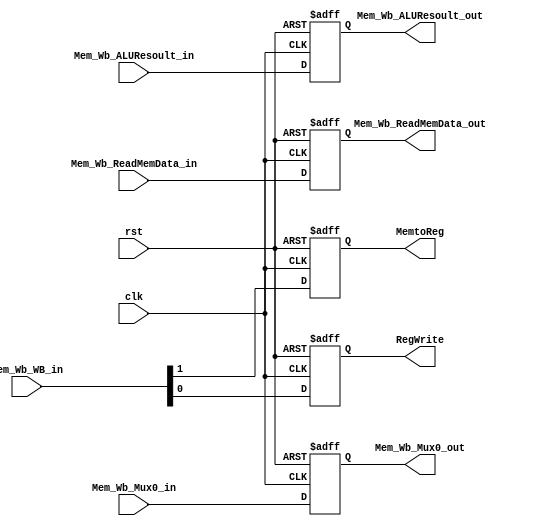
module MEM_WB(MemtoReg, RegWrite, Mem_Wb_ReadMemData_out, Mem_Wb_ALUResoult_out, Mem_Wb_Mux0_out, 
		 Mem_Wb_WB_in, Mem_Wb_ReadMemData_in, Mem_Wb_ALUResoult_in, Mem_Wb_Mux0_in, rst, clk);	
input	rst;
input 	clk;
input	[1:0]	Mem_Wb_WB_in;
input	[31:0]	Mem_Wb_ReadMemData_in;
input	[31:0]	Mem_Wb_ALUResoult_in;
input 	[4:0]	Mem_Wb_Mux0_in;

output		MemtoReg;
output		RegWrite;
output	[31:0]	Mem_Wb_ReadMemData_out;
output	[31:0]	Mem_Wb_ALUResoult_out;
output 	[4:0]	Mem_Wb_Mux0_out;

reg		MemtoReg;
reg		RegWrite;
reg	[31:0]	Mem_Wb_ReadMemData_out;
reg	[31:0]	Mem_Wb_ALUResoult_out;
reg 	[4:0]	Mem_Wb_Mux0_out;

always@(posedge clk or posedge rst)begin
	if(rst)begin
		MemtoReg = 0;
		RegWrite = 0;
		Mem_Wb_ReadMemData_out = 0;
		Mem_Wb_ALUResoult_out = 0;
		Mem_Wb_Mux0_out = 0;
	end
	else begin
		MemtoReg = Mem_Wb_WB_in[1];
		RegWrite = Mem_Wb_WB_in[0];
		Mem_Wb_ReadMemData_out = Mem_Wb_ReadMemData_in;
		Mem_Wb_ALUResoult_out = Mem_Wb_ALUResoult_in;
		Mem_Wb_Mux0_out = Mem_Wb_Mux0_in;
	end
end

endmodule